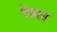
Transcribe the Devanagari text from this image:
रैबल